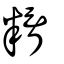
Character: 糈